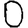
Digit: 0